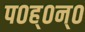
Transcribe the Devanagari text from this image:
प०ह्०न्०